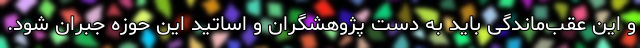
و این عقب‌ماندگی باید به دست پژوهشگران و اساتید این حوزه جبران شود.